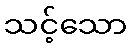
သင့်သော